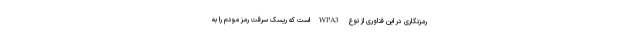
رمزنگاری در این فناوری از نوع WPA3 است که ریسک سرقت رمز مودم را به